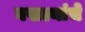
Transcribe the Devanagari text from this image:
बखल्यांचे